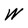
Character: W